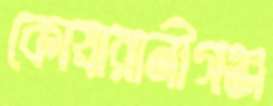
কোষারানীগঞ্জ